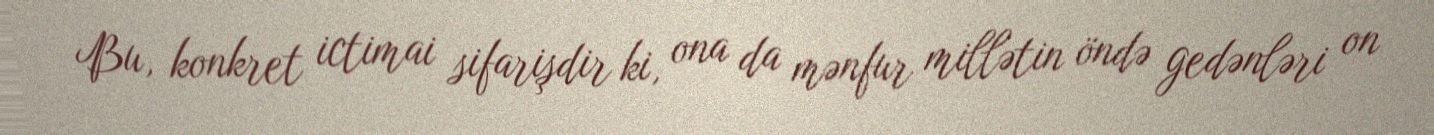
Bu, konkret ictimai sifarişdir ki, ona da mənfur millətin öndə gedənləri on